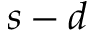
s - d